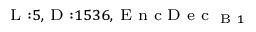
_ { \textrm { L } : 5 , \textrm { D } : 1 5 3 6 , \textrm { E n c D e c } _ { \textrm { B } 1 } }